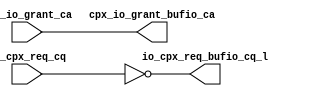
module cpx_buf_io(
   cpx_io_grant_bufio_ca, io_cpx_req_bufio_cq_l, 
   cpx_io_grant_ca, io_cpx_req_cq
   );
   output [7:0]         cpx_io_grant_bufio_ca;
   output [7:0]		io_cpx_req_bufio_cq_l;	
   input [7:0]          cpx_io_grant_ca;
   input [7:0]		io_cpx_req_cq;	
   assign               cpx_io_grant_bufio_ca    =  cpx_io_grant_ca;
   assign		io_cpx_req_bufio_cq_l    =  ~io_cpx_req_cq;
endmodule